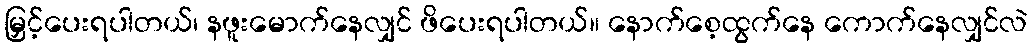
မြှင့်ပေးရပါတယ်၊ နဖူးမောက်နေလျှင် ဖိပေးရပါတယ်။ နောက်စေ့ထွက်နေ ကောက်နေလျှင်လဲ